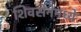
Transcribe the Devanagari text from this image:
शिवसेनेमध्ये